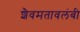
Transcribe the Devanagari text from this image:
शैवमतावलंबी